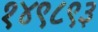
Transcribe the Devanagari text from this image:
१४९८९३